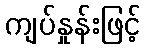
ကျပ်နှုန်းဖြင့်